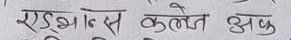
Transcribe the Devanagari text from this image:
एडुकस कलेत अक्षु